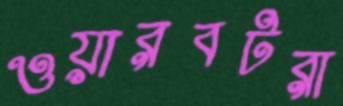
ওয়ারবটরা